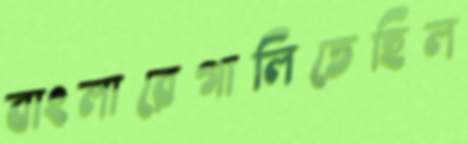
বাংলারেগালিতেছিল